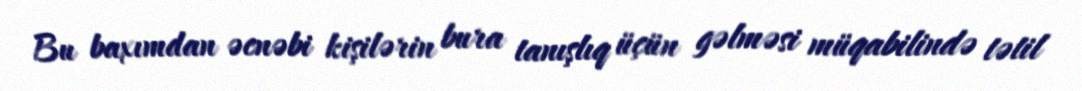
Bu baxımdan əcnəbi kişilərin bura tanışlıq üçün gəlməsi müqabilində tətil